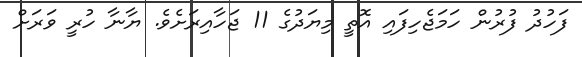
ފަހުދު ފުރުން ހަމަޖެހިފައި އޮތީ މިޔަދުގެ 11 ޖަހާއިރަށެވެ. ޔާނާ ހުރީ ވަރަށް